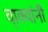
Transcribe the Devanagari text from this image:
वा्क्यांनी